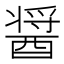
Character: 醤